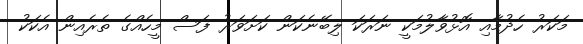
މަކަރު ހެދުމާއި އޮޅުވާލުމަކީ ނަރަކަ ލިބޭނެކަން ކަށަވަރު ފަސް މީހެއްގެ ތެރެއިން އެކަކު